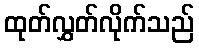
ထုတ်လွှတ်လိုက်သည်